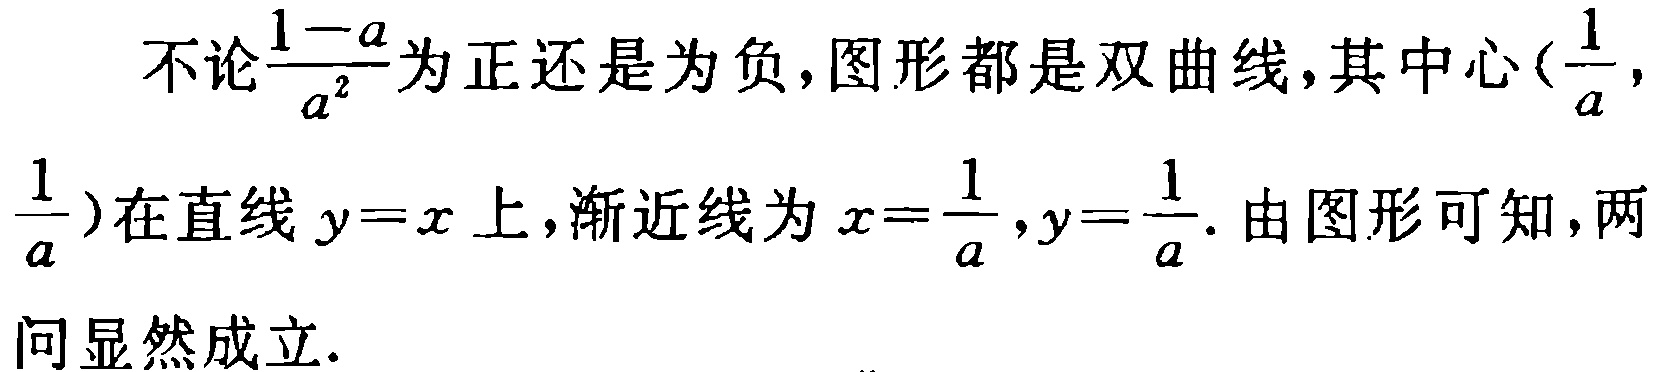
不论$\frac{1 - a}{a^{2}}$为正还是为负，图形都是双曲线，其中心$(\frac{1}{a}, \frac{1}{a})$在直线$y = x$上，渐近线为$x = \frac{1}{a}, y = \frac{1}{a}$. 由图形可知，两问显然成立.